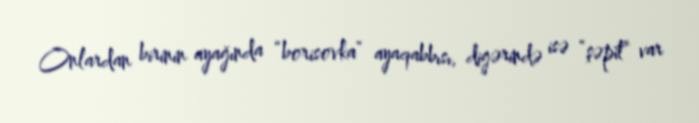
Onlardan birinin ayağında “borisovka” ayaqabbısı, digərində isə “şəpit” var